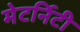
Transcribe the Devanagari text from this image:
मेटर्निटी